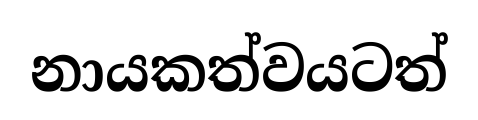
නායකත්වයටත්